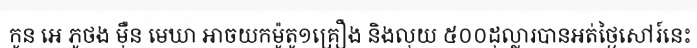
កូន អេ ភូថង ម៉ឺន មេឃា អាចយកម៉ូតូ១គ្រឿង និងលុយ ៥០០ដុល្លារបានអត់ថ្ងៃសៅរ៍នេះ